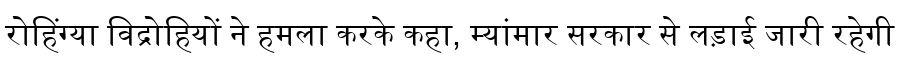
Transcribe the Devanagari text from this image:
रोहिंग्या विद्रोहियों ने हमला करके कहा, म्यांमार सरकार से लड़ाई जारी रहेगी